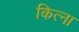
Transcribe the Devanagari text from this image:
कित्ना